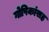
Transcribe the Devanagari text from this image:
गोपिकांसह